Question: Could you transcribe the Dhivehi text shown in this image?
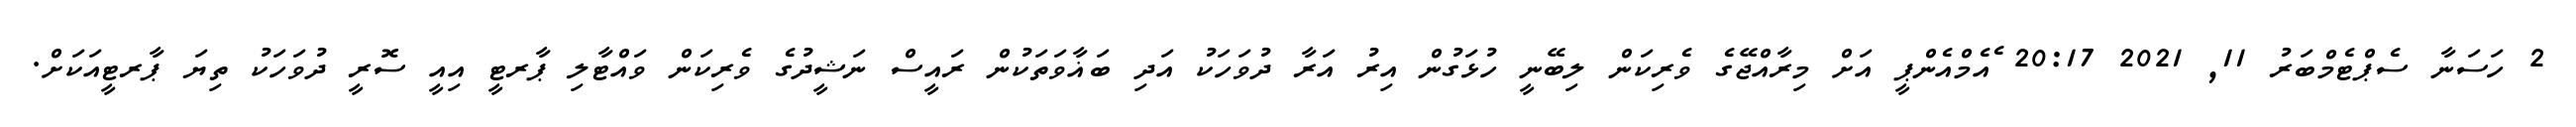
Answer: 2 ހަސަނާ ސެޕްޓެމްބަރު 11, 2021 20:17 ެއެމްއެންޕީ އަށް މިރާއްޖޭގެ ވެރިކަން ލިބޭނީ ހުޅަގުން އިރު އަރާ ދުވަހަކު އަދި ބަޣާވަތަކުން ރައީސް ނަޝީދުގެ ވެރިކަން ވައްޓާލި ޕާރޓީ އިއީ ސޮރީ ދުވަހަކު ތިޔަ ޕާރޓީއަކަށް.